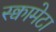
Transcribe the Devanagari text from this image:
स्क्वामेटा